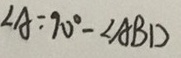
\angle A = 9 0 ^ { \circ } - \angle A B D